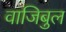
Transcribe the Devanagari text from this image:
वाजिबुल